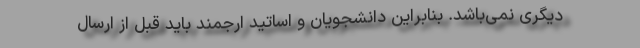
دیگری نمی‌باشد. بنابراین دانشجویان و اساتید ارجمند باید قبل از ارسال